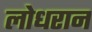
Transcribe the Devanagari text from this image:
लोधरान